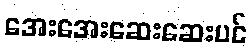
အေးအေးဆေးဆေးပင်